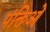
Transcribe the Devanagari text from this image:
पंक्तिओं